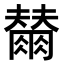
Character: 𭁲